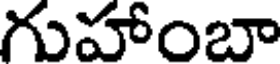
గుహాంబా